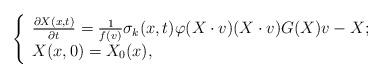
LaTeX: \begin{align*}\left\{\begin{array}{lr}\frac{\partial X(x,t)}{\partial t}=\frac{1}{f(v)}\sigma_{k}(x,t)\varphi(X\cdot v)(X\cdot v)G(X)v-X; \\X(x,0)=X_{0}(x),\end{array}\right.\end{align*}